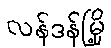
လန်ဒန်မြို့